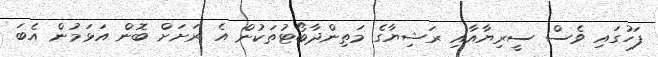
ފަހުގައި ވެސް ސީރިޔާއާއި ރަޝިޔާގެ މަތިންދާބޯޓުތަކުން އެ ރަށަށް ބޮން އަޅަމުން އެބަ